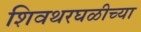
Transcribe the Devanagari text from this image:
शिवथरघळीच्या